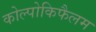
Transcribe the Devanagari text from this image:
कोल्पोकिफैलम